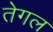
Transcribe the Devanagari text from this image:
तेगल